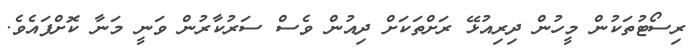
ރިސޯޓުތަކުން މީހުން ދިރިއުޅޭ ރަށްތަކަށް ދިއުން ވެސް ސަރުކާރުން ވަނީ މަނާ ކޮށްފައެވެ.